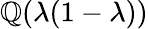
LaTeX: \mathbb{Q}(\lambda(1-\lambda))